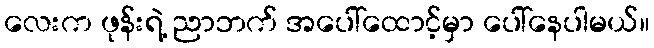
လေးက ဖုန်းရဲ့ ညာဘက် အပေါ်ထောင့်မှာ ပေါ်နေပါမယ်။